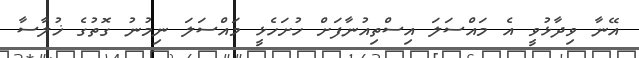
އޭނާ ވިދާޅުވީ އެ މައްސަލަ އިސްތިއުނާފަށް ހުށަހެޅީ މައްސަލަ ނިމުނު ގޮތުގެ ޚުލާސާ